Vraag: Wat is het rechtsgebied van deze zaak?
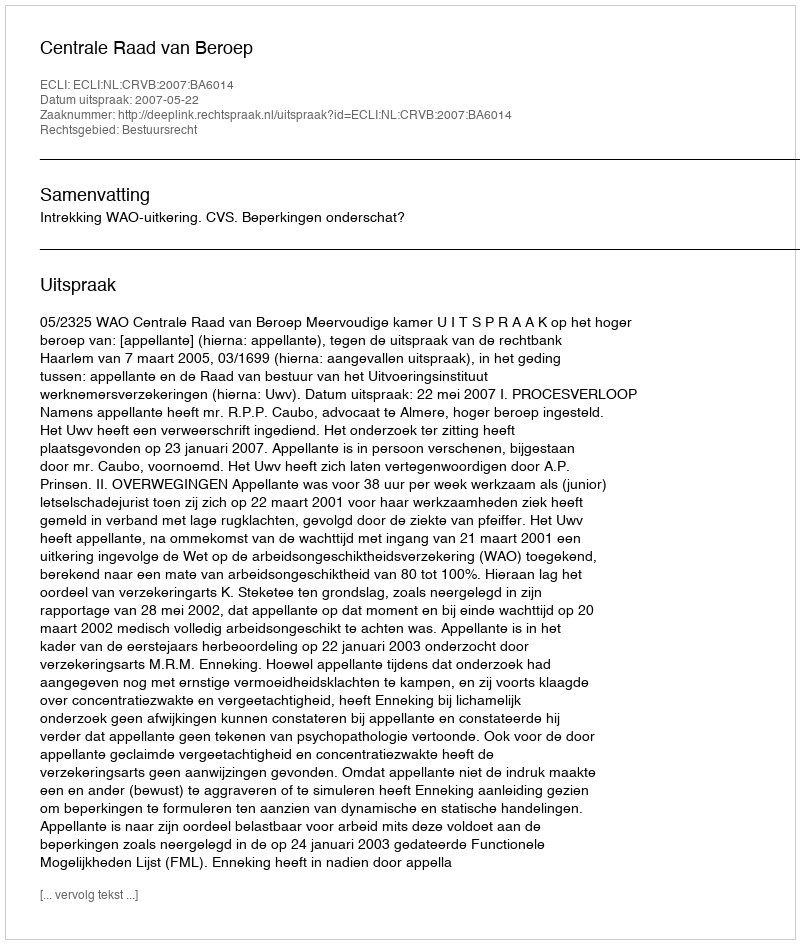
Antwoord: Bestuursrecht